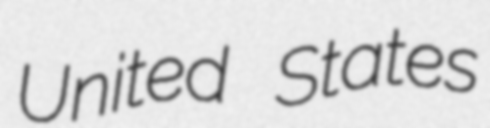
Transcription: United States